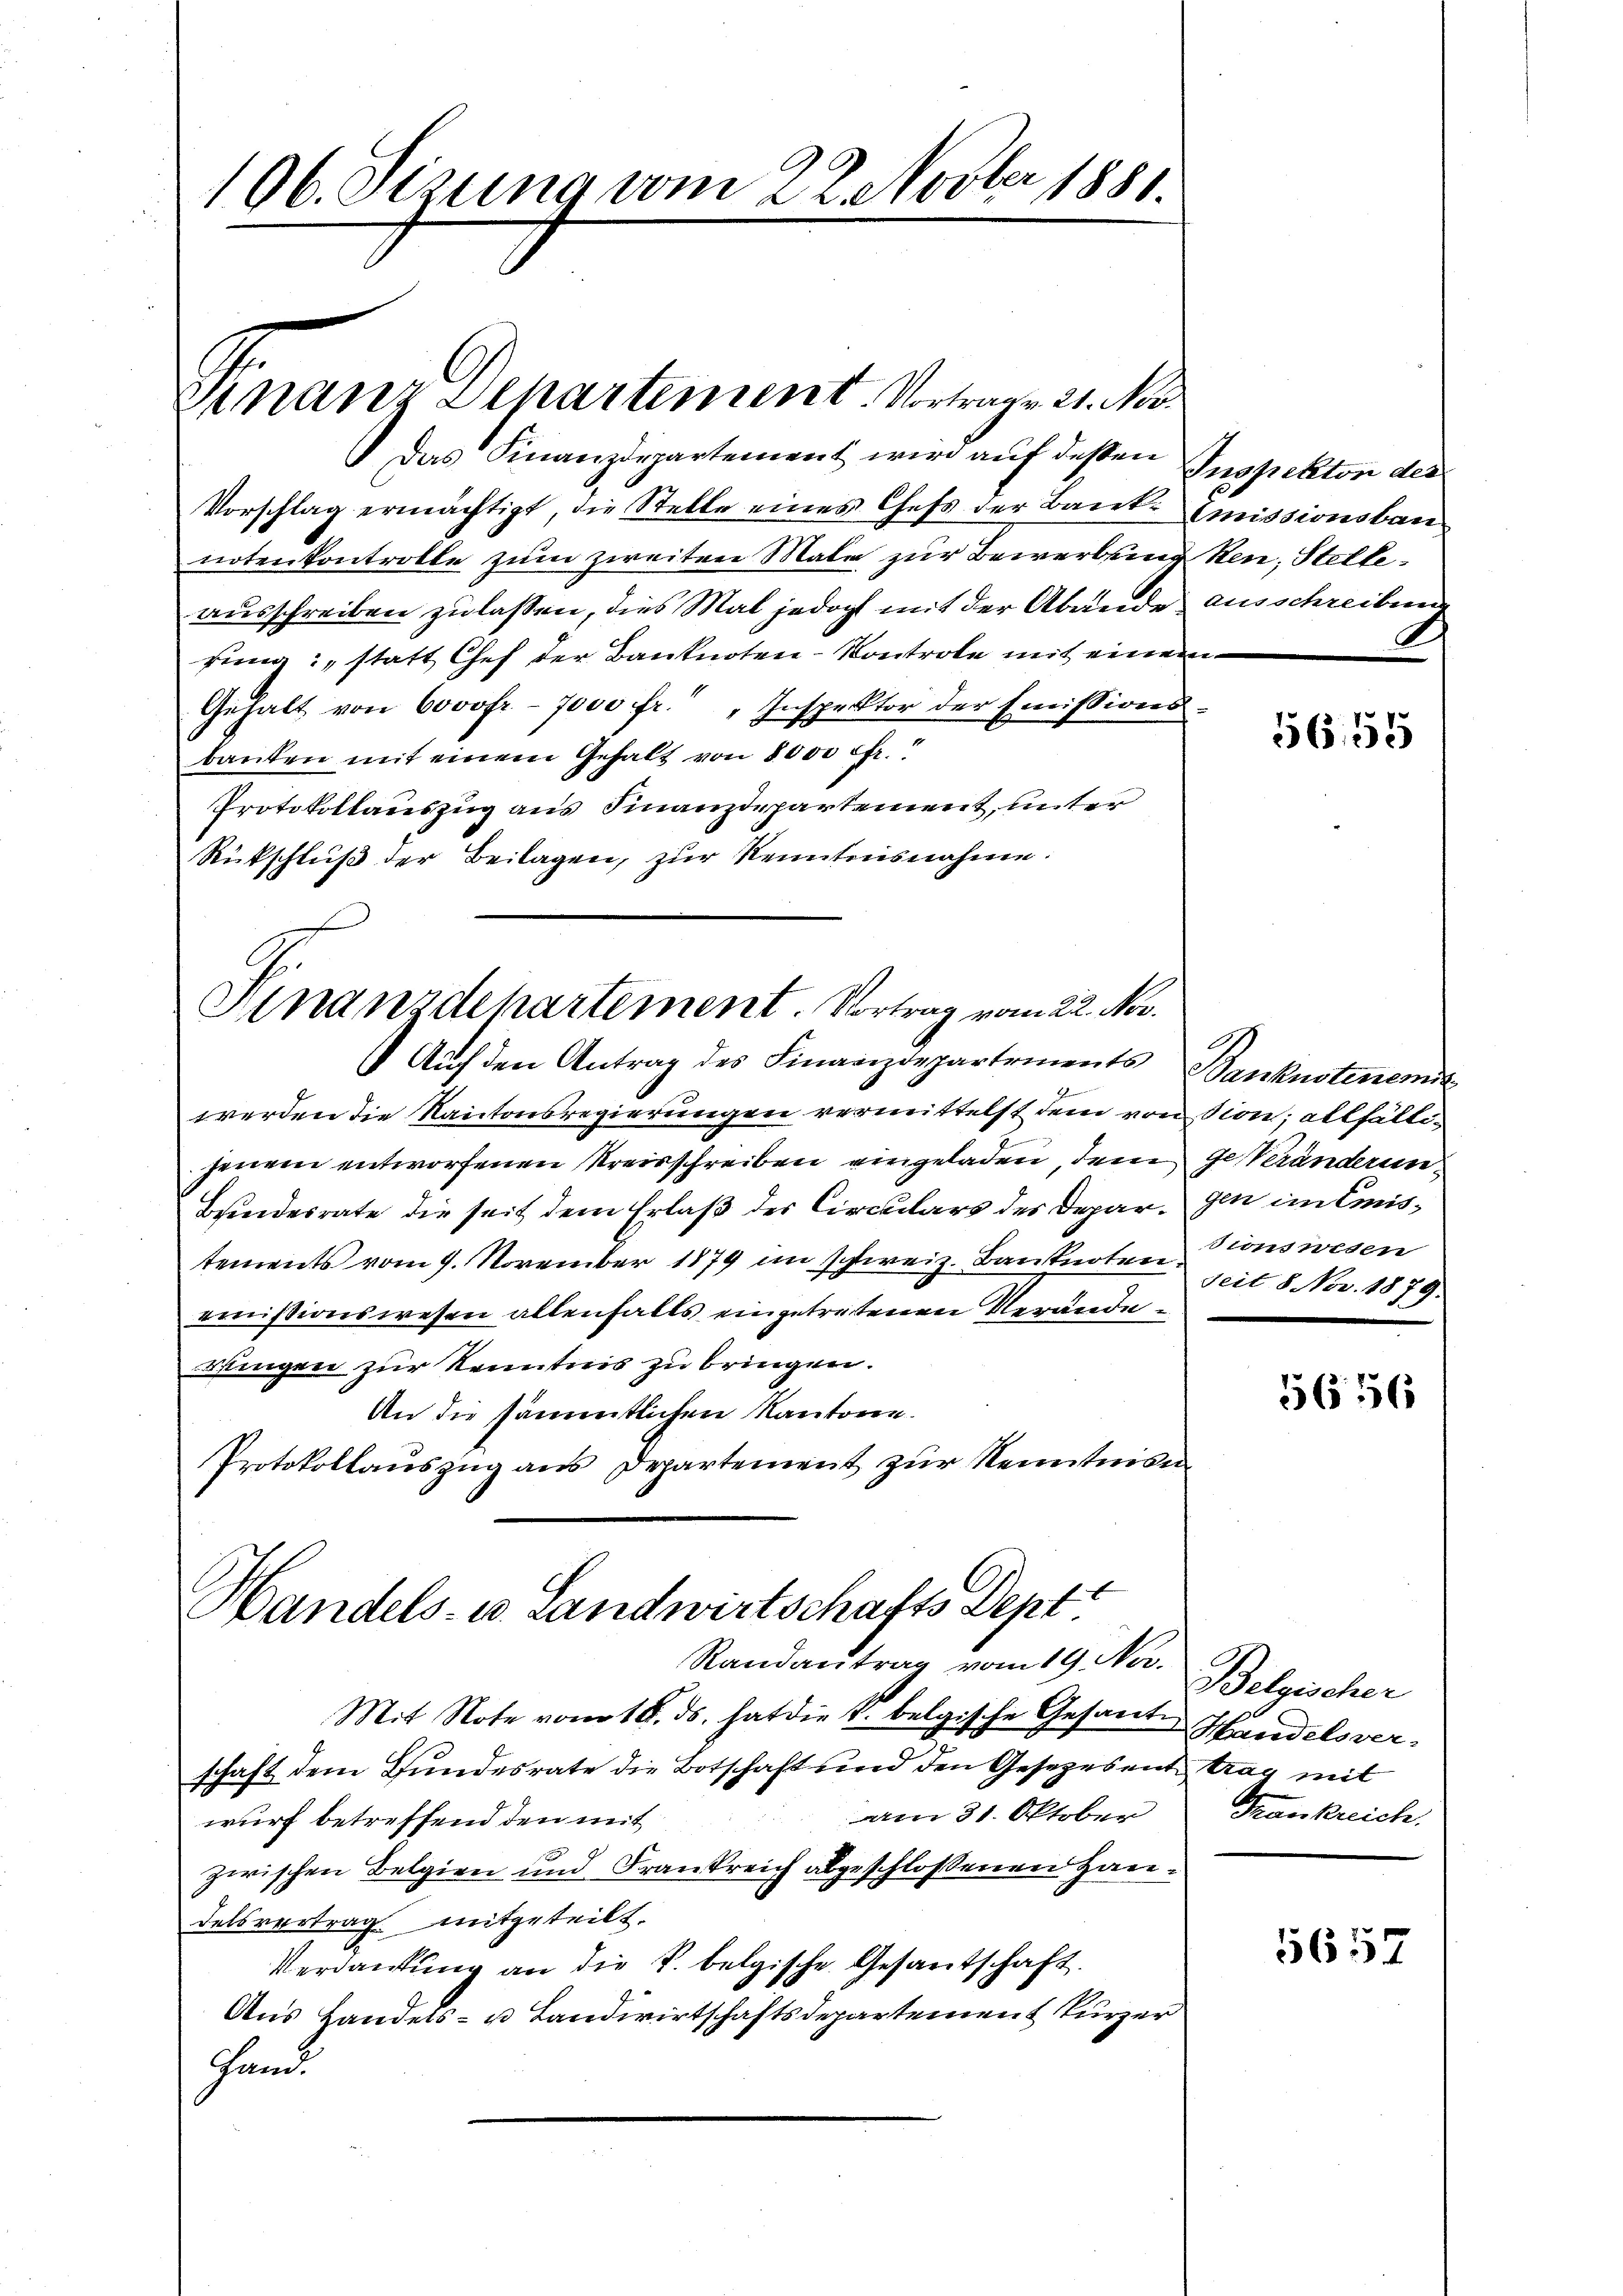
106. Sizung vom 22. Novber 1881.

Finanz Separtement. Vortrage 21. Nov.

Das Finanzdepartement wird auf deßen Inspekton des
Vorschlag ermächtigt, die Stelle eines Chefs der Bank. Emissionsbau
noten kontrolle zum zweiten Male zur Bewerbung
ausschreiben zu lassen, dies Mal jedoch mit der Abende ausschreibend
rung: statt Chef der Banknoten - Kontrole mit einem
Gehalt von 6000 fr. - 7000 fr. „Inspektor der Emissions
banten mit einem Gehalt von 8000 fr.
Protokollauszug aus Finanzdepartement, unter
Rückschluß der Beilagen, zur Kenntnisnahme.

Finanzdepartement. Vortrag vom 22. Nov.

Auf den Antrag des Finanzdepartements Banknotenemit
w werden die Kantonsregierungen vermittelst dem vonsion; allfältijenem entworfenen Kreisschreiben eingeladen, dem gesteränderun¬
Brindesrate die seit dem Erlaß des Circulars des Depar, gen im Emistements vom 9. November 1879 im schweiz. Banknoten Crons wesen
emnissionswesen allenfalls eingetretenen Verändeösingen zur Kenntnis zu bringen.
An die sämmtlichen Kantone.
Protokollauszug aus Departement zur Kenntnisn

Handels- u. Landwirtschafts Dept
Randantrag vom 19. Nov.

Mit Note vom 18. ds. hat die k. belgische Gesante Handelsverschaft dem Bundesrate die Botschaft und den Gesetzesent trag mit
am 31. Oktober
wurf betreffend den mit
zwischen Belgien und Frankreich abgeschlossenen Haudelsvertrag mitgeteilt.
Verdankung an die k. belgische Gesantschaft.
Aus Handels- u Landwirtschaftsdepartement kurzer
Hand

ken, Stelle.

5655

Seit 8 Nov. 1879.

5656

Belgischer
Frankreich.

5657